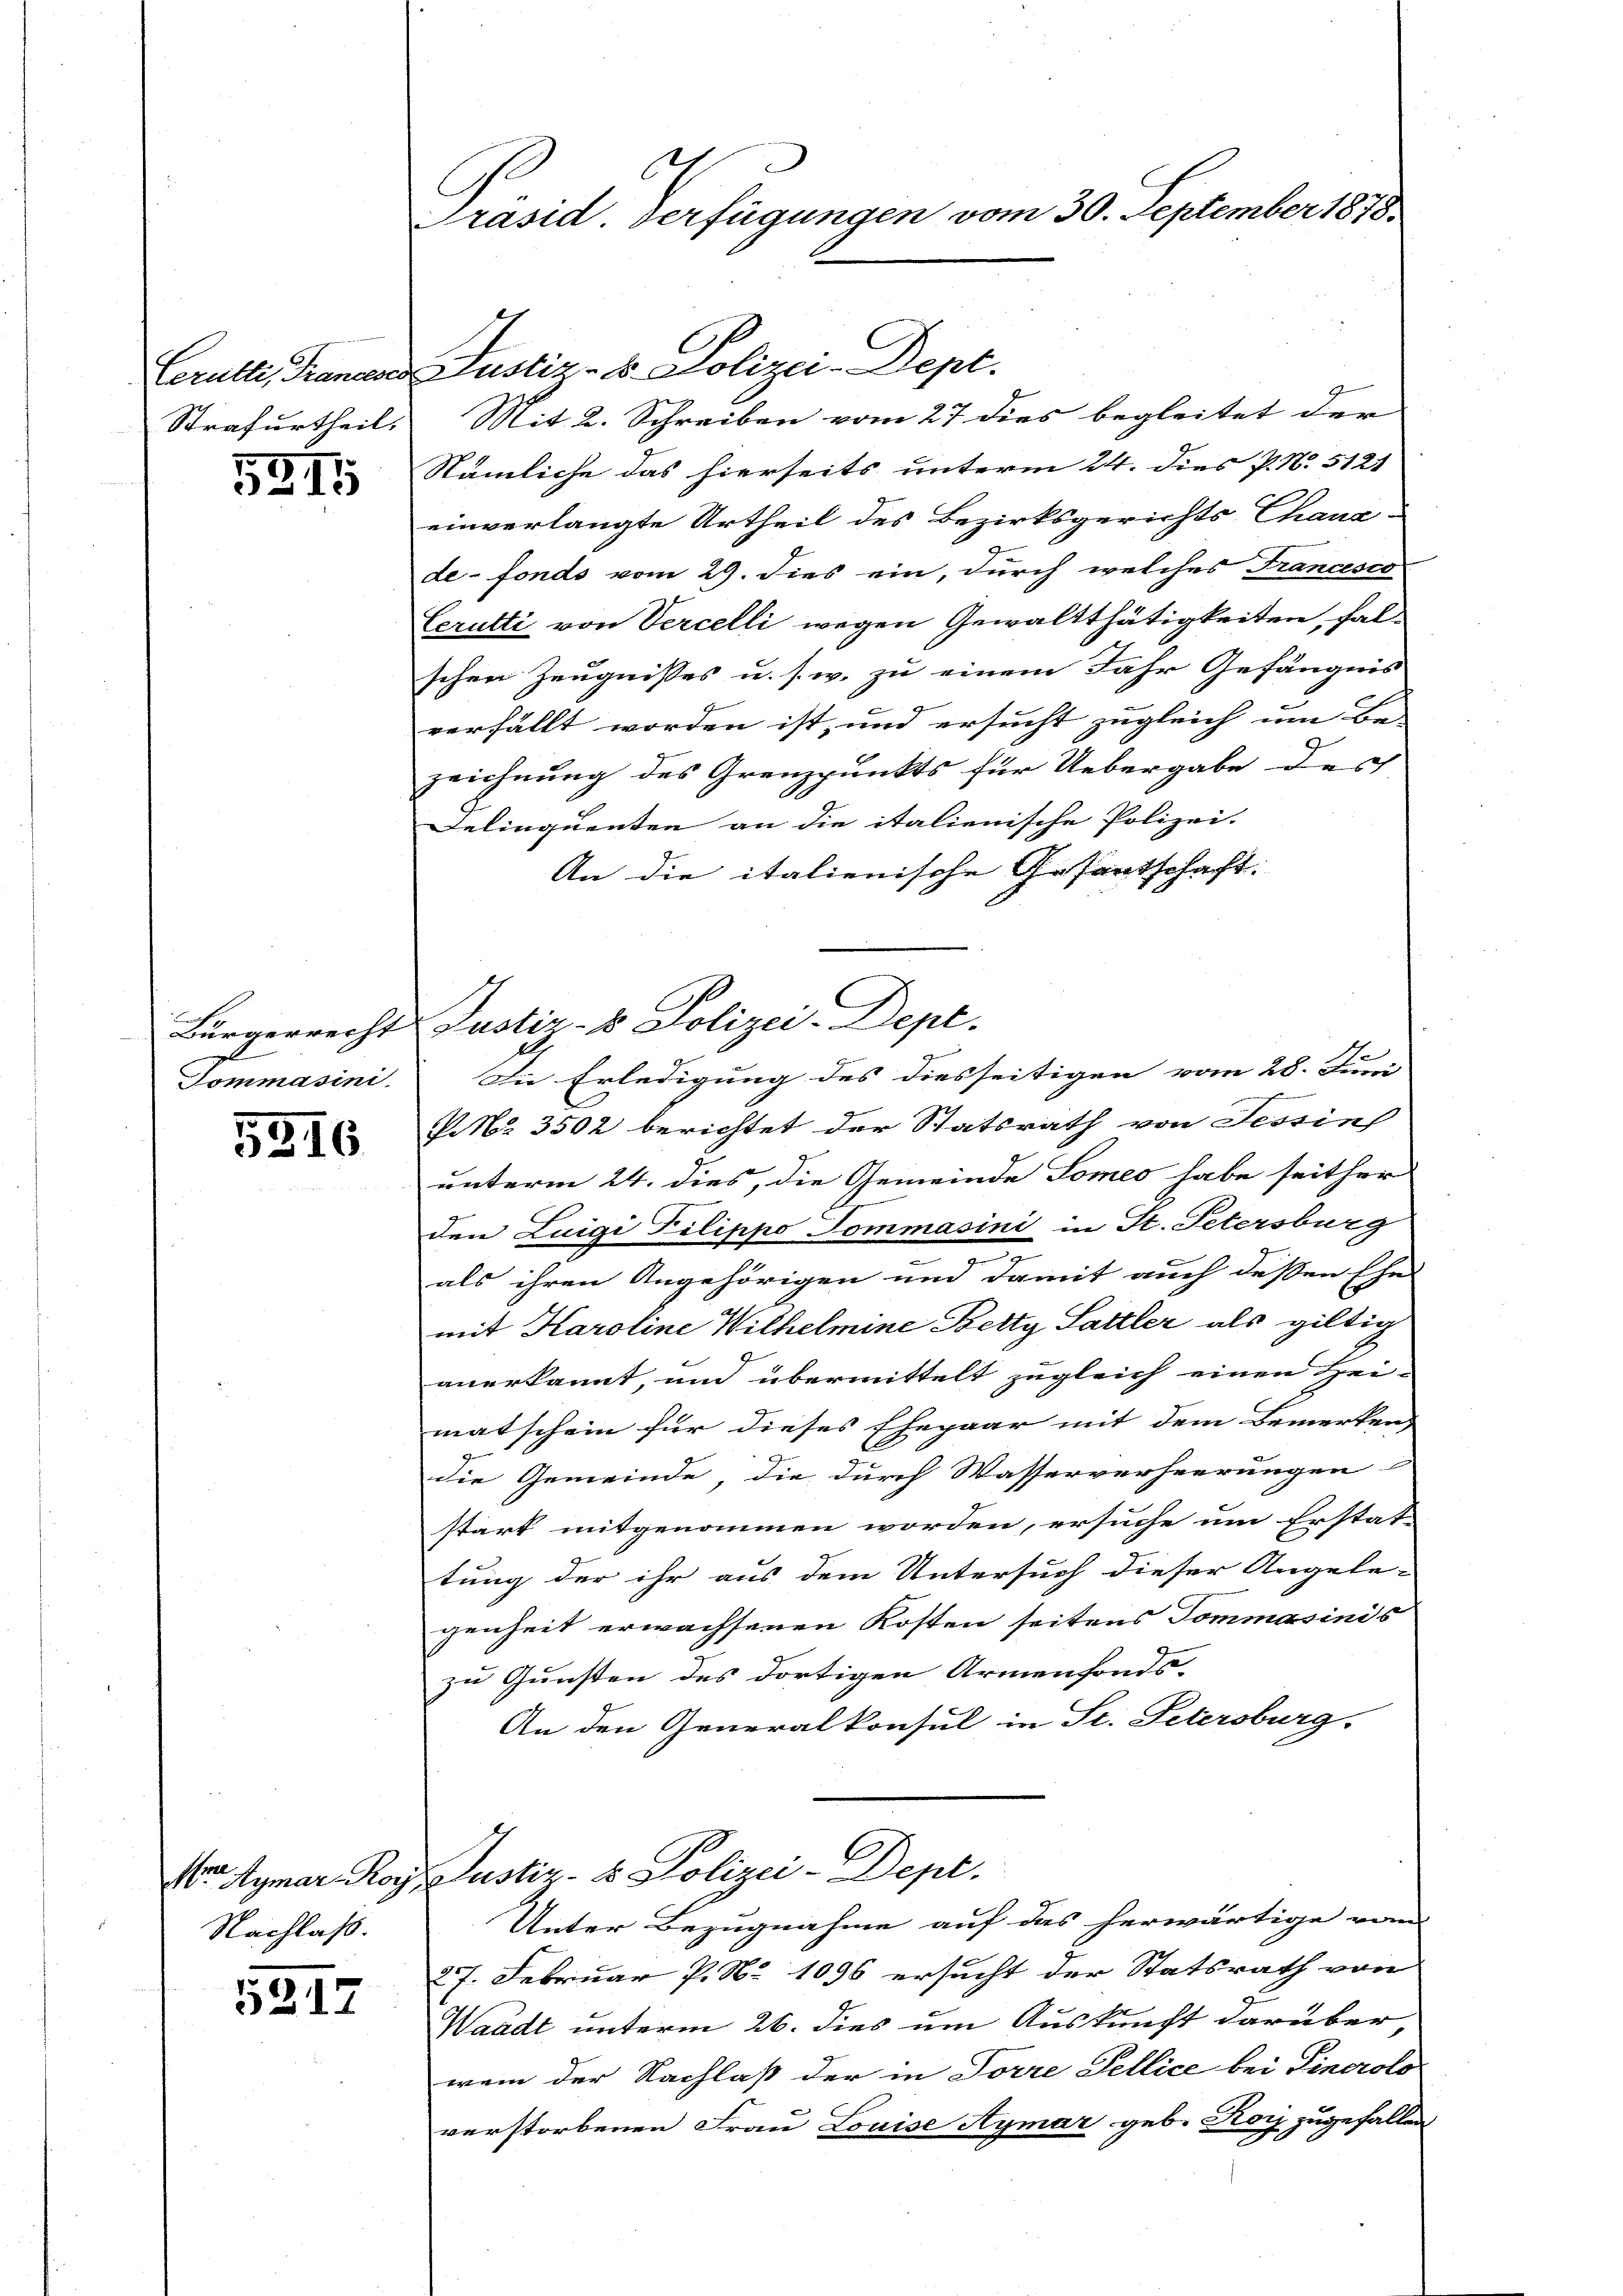
5211

g
Tommasini.

5316

Nachlass.

5217

C
Präsid. Verfügungen vom 30. September 1878

Cerutti, Fananes Justiz- & Polizei-Dept.
Strafurtheil. Mit 2. Schreiben vom 27 dies begleitet der
Nämliche das hierseits unterm 24. Dies P. N. 5121
einverlangte Urtheil des Bezirksgerichts Chana-
de-fonds vom 29. dies ein, durch welches Francesco
Cerutti von Vercelli wegen Gewaltthätigkeiten, halschen Zeugnisses u. s. w. zu einem Jahr Gefängnis
verfällt worden ist, und ersucht zugleich um Be-
zeichnung des Grenzpunkts für Uebergabe des
Delinquenten an die italienische Polizei.
An die italienische Gesantschaft.
In Erledigung des diesseitigen vom 28. Juni
P. Nr. 3502 berichtet der Statsrath von Tessin
unterm 24. dies, die Gemeinde Someo habe seither
wer
den Luigi Pilippo Tommasini in St. Petersburg
als ihren Angehörigen und damit auch dessen Ehe
mit Karoline Wilhelmine Betty Sattler als giltig
anerkannt, und übermittelt zugleich einen Hei-
matschein für dieses Ehepaar mit dem Bemerken
die Gemeinde, die durch Wasserverheerungen
stark mitgenommen worden, ersuche um Erstat-
tung der ihr aus dem Untersuch dieser Angele-
genheit erwachsenen Kosten seitens Sommasinis
zu Gunsten des dortigen Armenfonds-
An den Generalkonsul in St. Petersburg.
Vr Aymar Rog Justiz- & Polizei-Dept.
Unter Bezugnahme auf das herwärtige vom
27. Februar P. No 1096 ersucht der Statsrath von
Waadt unterm 26. dies um Auskunft darüber,
wem der Nachlaß der in Torre Fellice bei Sinerolo
verstorbenen Frau Louise Aymar geb. Korz zugefallen

Bürgerrecht Justiz- & Polizei-Dept.